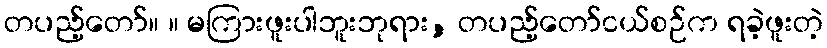
တပည့်တော်။ ။ မကြားဖူးပါဘူးဘုရား, တပည့်တော်ငယ်စဉ်က ရခဲ့ဖူးတဲ့